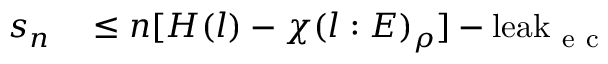
\begin{array} { r l } { s _ { n } } & { { } \leq n [ H ( l ) - \chi ( l : E ) _ { \rho } ] - \mathrm { l e a k } _ { \mathrm { ~ e ~ c ~ } } } \end{array}